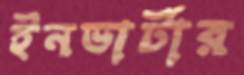
ইনভার্টার